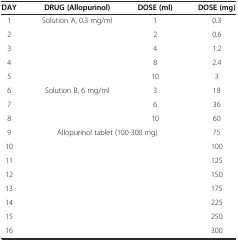
| DAY | DRUG (Allopurinol) | DOSE (ml) | DOSE (mg) |
 | --- | --- | --- | --- |
 | 1 | Solution A, 0.3 mg/ml | 1 | 0.3 |
 | 2 |  | 2 | 0.6 |
 | 3 |  | 4 | 1.2 |
 | 4 |  | 8 | 2.4 |
 | 5 |  | 10 | 3 |
 | 6 | Solution B, 6 mg/ml | 3 | 18 |
 | 7 |  | 6 | 36 |
 | 8 |  | 10 | 60 |
 | 9 | <COLSPAN=2> Allopurinol tablet (100-300 mg) | 75 |
 | 10 | <COLSPAN=2>  | 100 |
 | 11 | <COLSPAN=2>  | 125 |
 | 12 | <COLSPAN=2>  | 150 |
 | 13 | <COLSPAN=2>  | 175 |
 | 14 | <COLSPAN=2>  | 225 |
 | 15 | <COLSPAN=2>  | 250 |
 | 16 | <COLSPAN=2>  | 300 |